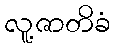
လူ့ဇာတိခံ